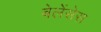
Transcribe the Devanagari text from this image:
बेलेंसेस